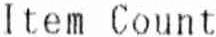
ITEM COUNT